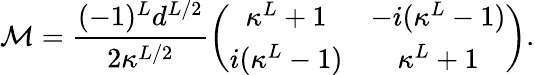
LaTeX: \mathcal{M}=\frac{(-1)^{L}d^{L/2}}{2\kappa^{L/2}}\left(\begin{array}{cc}{\kappa^{L}+1}&{-i(\kappa^{L}-1)}\\ {i(\kappa^{L}-1)}&{\kappa^{L}+1}\end{array}\right).